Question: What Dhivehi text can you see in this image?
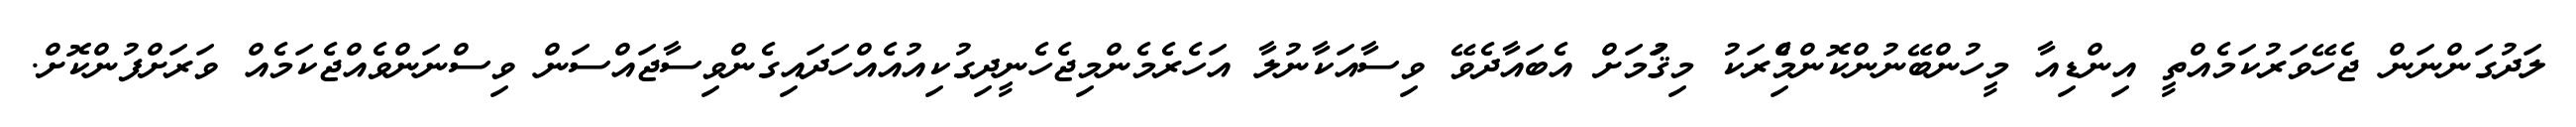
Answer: ލަދުގަންނަން ޖެހޭވަރުކަމެއްތީ އިންޑިއާ މީހުންބޭނުންކޮންމެްިރަކު މިޤަުމަށް އެބައާދެވޭ ވިސާއަކާނުލާ އަހެރެމެންމިޖެހެނީދިގުކިއުއެއްހަދައިގެންވިސާޖައްސަން ވިސްނަންވެއްޖެކަމެއް ވަރަށްފުންކޮށް.